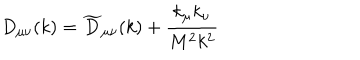
LaTeX: D _ { \mu \nu } ( k ) = \widetilde { D } _ { \mu \nu } ( k ) + \frac { k _ { \mu } k _ { \nu } } { M ^ { 2 } k ^ { 2 } }